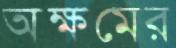
অক্ষমের